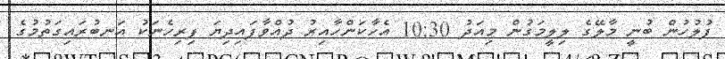
ފުލުހުން ބުނީ މާލޭގެ ލިލީމަގުން މިއަދު 10:30 އެހާކަންހާއިރު ދުއްވާފައިދިޔަ ފިރިހެނަކު އަނބުރައިގަތުމުގެ